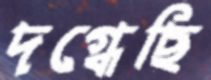
দগ্ধেছি